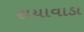
રાયાવાડા